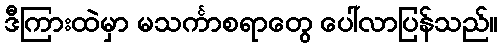
ဒီကြားထဲမှာ မသင်္ကာစရာတွေ ပေါ်လာပြန်သည်။